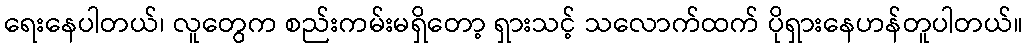
ရေးနေပါတယ်၊ လူတွေက စည်းကမ်းမရှိတော့ ရှားသင့် သလောက်ထက် ပိုရှားနေဟန်တူပါတယ်။